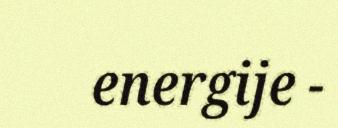
energije -